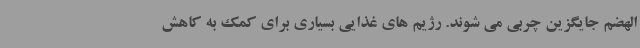
الهضم جایگزین چربی می شوند. رژیم های غذایی بسیاری برای کمک به کاهش